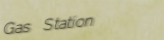
Gas Station